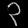
Digit: ၃